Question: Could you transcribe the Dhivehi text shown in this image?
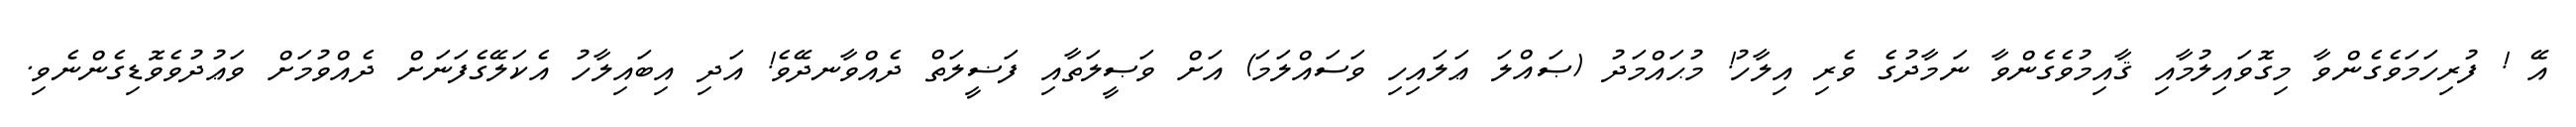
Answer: އޭ ! ފުރިހަމަވެގެންވާ މިގޮވައިލުމާއި ޤާއިމުވެގެންވާ ނަމާދުގެ ވެރި އިލާހު! މުޙައްމަދު (ޞައްލަ ޢަލައިހި ވަސައްލަމަ) އަށް ވަޞީލަތާއި ފަޟީލަތް ދެއްވާނދޭވެ! އަދި އިބައިލާހު އެކަލޭގެފަނަށް ދެއްވުމަށް ވަޢުދުވެވޮޑިގެންނެވި.